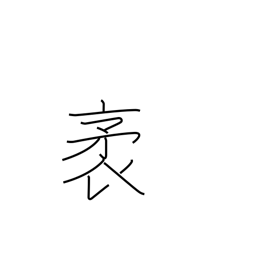
Meaning: length